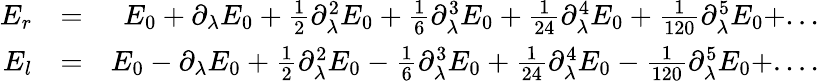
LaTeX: \begin{array}{rlr}{E_{r}}&{=}&{E_{0}+\partial_{\lambda}E_{0}+\frac{1}{2}\partial_{\lambda}^{2}E_{0}+\frac{1}{6}\partial_{\lambda}^{3}E_{0}+\frac{1}{24}\partial_{\lambda}^{4}E_{0}+\frac{1}{120}\partial_{\lambda}^{5}E_{0}+...}\\ {E_{l}}&{=}&{E_{0}-\partial_{\lambda}E_{0}+\frac{1}{2}\partial_{\lambda}^{2}E_{0}-\frac{1}{6}\partial_{\lambda}^{3}E_{0}+\frac{1}{24}\partial_{\lambda}^{4}E_{0}-\frac{1}{120}\partial_{\lambda}^{5}E_{0}+....}\end{array}